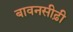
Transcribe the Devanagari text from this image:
बावनसीढ़ी